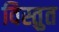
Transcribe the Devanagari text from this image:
विस्तुत